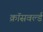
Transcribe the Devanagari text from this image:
क्रॉसवर्ल्ड